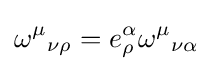
\omega ^{\mu }{}_{\nu \rho }=e_{\rho }^{\alpha }\omega ^{\mu }{}_{\nu \alpha }